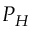
P _ { H }